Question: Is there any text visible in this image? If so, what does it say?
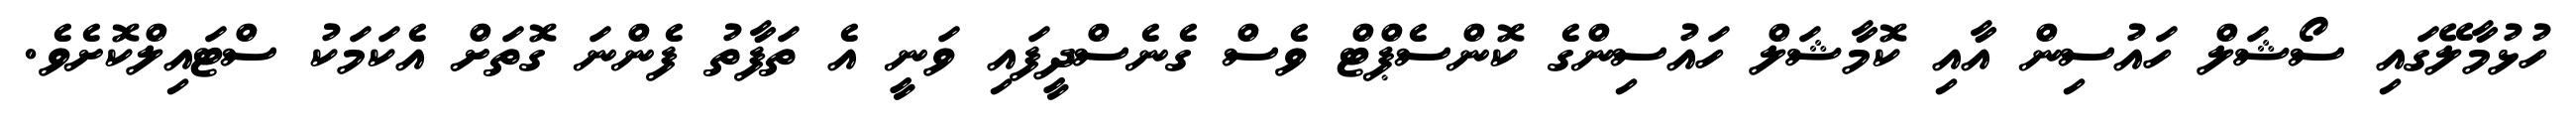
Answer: ހުޅުމާލޭގައި ސޯޝަލް ހައުސިން އާއި ކޮމާޝަލް ހައުސިންގެ ކޮންސެޕްޓް ވެސް ގެނެސްދީފައި ވަނީ އެ ތަފާތު ފެންނަ ގޮތަށް އެކަމަކު ސްޓައިލްކޮށެވެ.